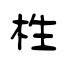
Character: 栍